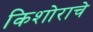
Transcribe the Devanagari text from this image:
किशोराचे